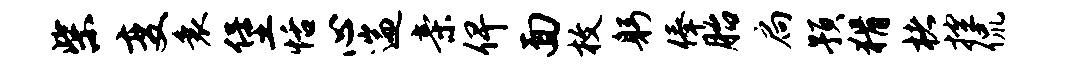
柴变衰堡恬心遄亲俾面枚躬俸胎扃预猾楮控侃